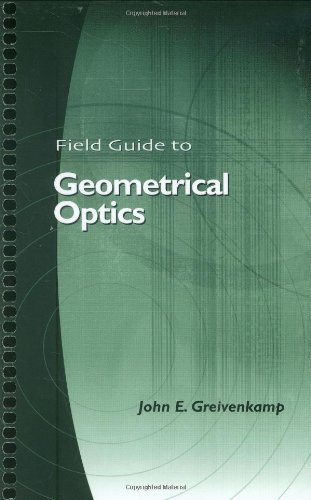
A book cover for Field Guide to Geometrical Optics (SPIE Vol. FG01); John E. Greivenkamp; Science & Math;